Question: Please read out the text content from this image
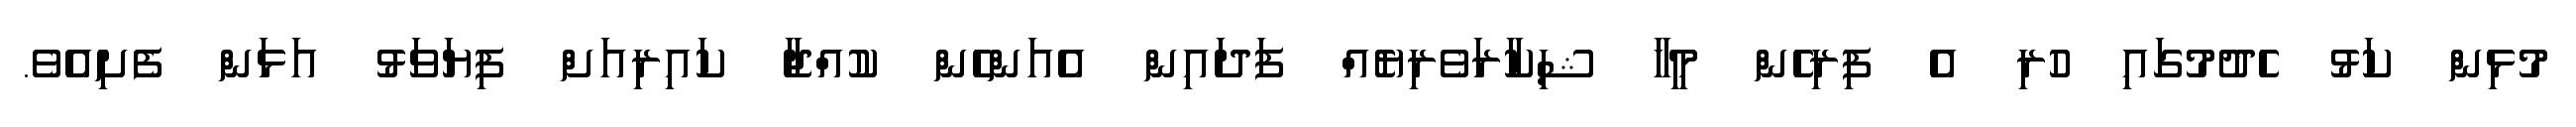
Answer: މުޅިން ކަޅު ހެދުމުގައި ހުރި އެ ފިރިހެން މީހާ ޝިކާރަވެރިޔެއް ފަދައިން އެއަންހެން ކުއްޖާ ކައިރިއަށް ފިޔަވަޅު އަޅަން ފެށިއެވެ.